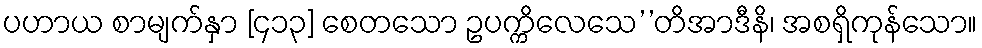
ပဟာယ စာမျက်နှာ [၄၁၃] စေတသော ဥပက္ကိလေသေ’’တိအာဒီနိ၊ အစရှိကုန်သော။